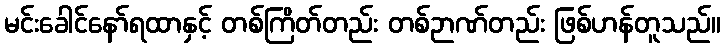
မင်းခေါင်နော်ရထာနှင့် တစ်ကြိတ်တည်း တစ်ဉာဏ်တည်း ဖြစ်ဟန်တူသည်။